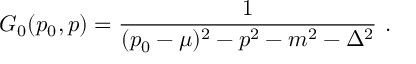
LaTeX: { \cal G } _ { 0 } ( p _ { 0 } , p ) = { \frac { 1 } { ( p _ { 0 } - \mu ) ^ { 2 } - p ^ { 2 } - m ^ { 2 } - \Delta ^ { 2 } } } ~ .